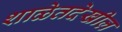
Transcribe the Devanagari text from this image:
शाळेतदेखील